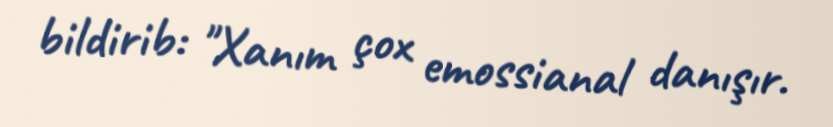
bildirib: "Xanım çox emossianal danışır.